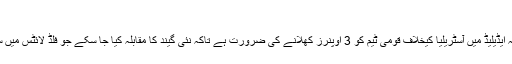
“
رمیز راجہ کا خیال ہے کہ ایڈیلیڈ میں آسٹریلیا کیخلاف قومی ٹیم کو 3 اوپنرز کھلانے کی ضرورت ہے تاکہ نئی گیند کا مقابلہ کیا جا سکے جو فلڈ لائٹس میں سوئنگ اور سیم کرتی ہے۔